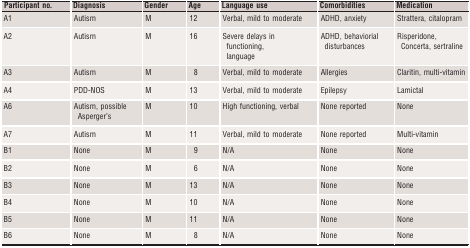
<table><thead><tr><td><b>Participant no.</b></td><td><b>Diagnosis</b></td><td><b>Gender</b></td><td><b>Age</b></td><td><b>Language use</b></td><td><b>Comorbidities</b></td><td><b>Medication</b></td></tr></thead><tbody><tr><td>A1</td><td>Autism</td><td>M</td><td>12</td><td>Verbal, mild to moderate</td><td>ADHD, anxiety</td><td>Strattera, citalopram</td></tr><tr><td>A2</td><td>Autism</td><td>M</td><td>16</td><td>Severe delays in functioning, language</td><td>ADHD, behaviorial disturbances</td><td>Risperidone, Concerta, sertraline</td></tr><tr><td>A3</td><td>Autism</td><td>M</td><td>8</td><td>Verbal, mild to moderate</td><td>Allergies</td><td>Claritin, multi-vitamin</td></tr><tr><td>A4</td><td>PDD-NOS</td><td>M</td><td>13</td><td>Verbal, mild to moderate</td><td>Epilepsy</td><td>Lamictal</td></tr><tr><td>A6</td><td>Autism, possible Asperger&#x27;s</td><td>M</td><td>10</td><td>High functioning, verbal</td><td>None reported</td><td>None</td></tr><tr><td>A7</td><td>Autism</td><td>M</td><td>11</td><td>Verbal, mild to moderate</td><td>None reported</td><td>Multi-vitamin</td></tr><tr><td>B1</td><td>None</td><td>M</td><td>9</td><td>N/A</td><td>None</td><td>None</td></tr><tr><td>B2</td><td>None</td><td>M</td><td>6</td><td>N/A</td><td>None</td><td>None</td></tr><tr><td>B3</td><td>None</td><td>M</td><td>13</td><td>N/A</td><td>None</td><td>None</td></tr><tr><td>B4</td><td>None</td><td>M</td><td>10</td><td>N/A</td><td>None</td><td>None</td></tr><tr><td>B5</td><td>None</td><td>M</td><td>11</td><td>N/A</td><td>None</td><td>None</td></tr><tr><td>B6</td><td>None</td><td>M</td><td>8</td><td>N/A</td><td>None</td><td>None</td></tr></tbody></table>